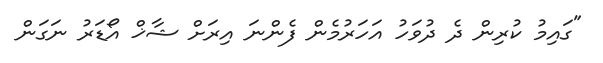
"ގައިމު ކުރިން ދެ ދުވަހު އަހަރުމެން ފެންނަ އިރަށް ޝާޚް އޯޑަރު ނަގަން